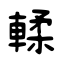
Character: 輮